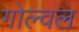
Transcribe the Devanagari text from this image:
गोल्वल